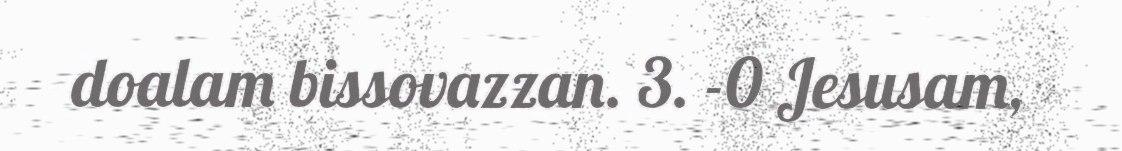
doalam bissovazzan. 3. -0 Jesusam,